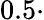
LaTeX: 0.5\cdot